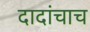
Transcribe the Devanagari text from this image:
दादांचाच